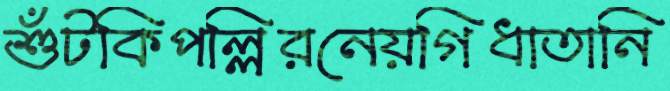
শুঁটকিপল্লিরনেয়গিধাতানি